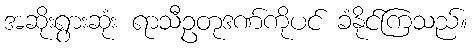
အဆိုးရွားဆုံး ရာသီဥတုဒဏ်ကိုပင် ခံနိုင်ကြသည်။